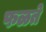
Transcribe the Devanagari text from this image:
फळते